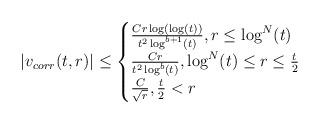
LaTeX: \begin{align*} |v_{corr}(t,r)| \leq \begin{cases} \frac{C r \log(\log(t))}{t^{2} \log^{b+1}(t)}, r \leq \log^{N}(t)\\\frac{C r}{t^{2} \log^{b}(t)}, \log^{N}(t) \leq r \leq \frac{t}{2}\\\frac{C}{\sqrt{r}}, \frac{t}{2} < r\end{cases}\end{align*}